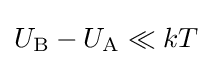
U_{\text{B}}-U_{\text{A}}\ll kT